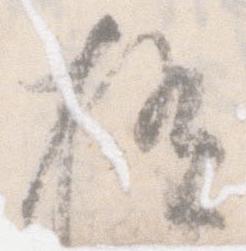
極